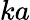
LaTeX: ka